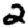
Digit: 2